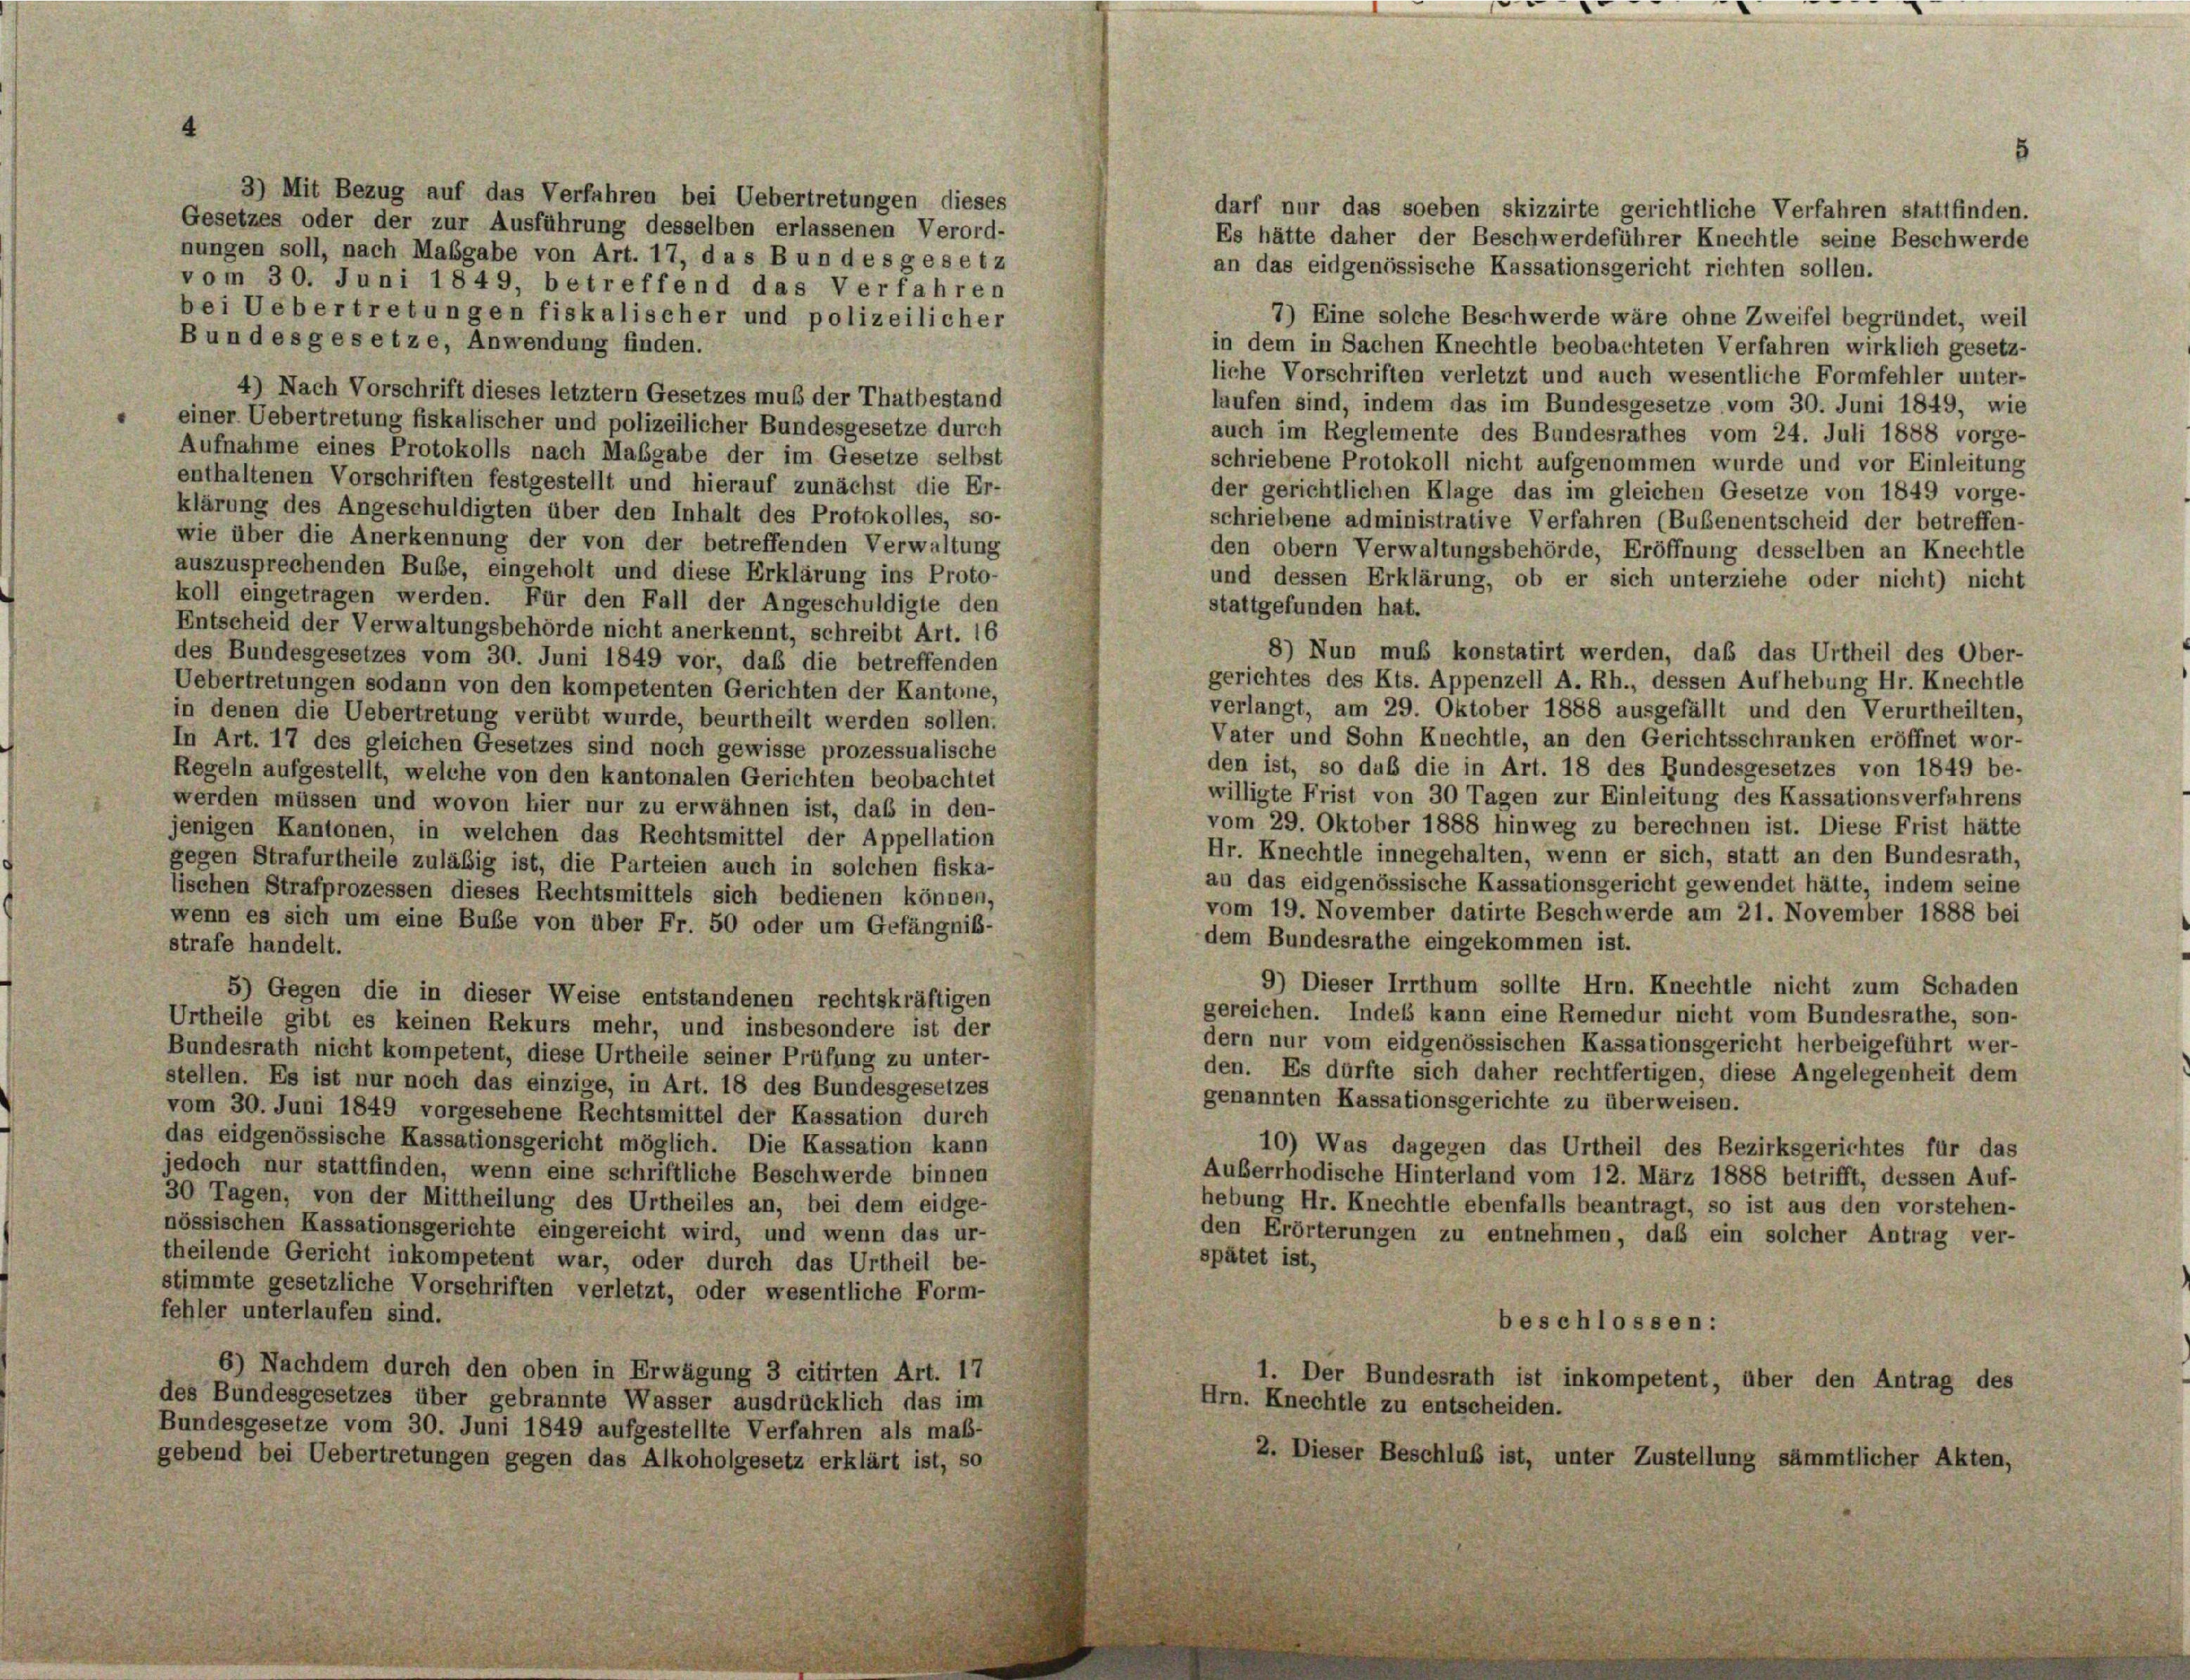
4

3) Mit Bezug auf das Verfahren bei Uebertretungen dieses
darf nur das soeben skizzirte gerichtliche Verfahren stattfinden.
Gesetzes oder der zur Ausführung desselben erlassenen Verord-
Es hätte daher der Beschwerdeführer Knechtle seine Beschwerde
nungen soll, nach Mabgabe von Art. 17, das B un des gesetz
an das eidgenössische Kassationsgericht richten sollen.
vom 30. Juni 1849, betreffend das Verfahren
bei Uebertretungen fiskalischer und polizeilicher
7) Eine solche Beschwerde wäre ohne Zweifel begründet, weil
Bundesgesetze, Anwendung finden.
in dem in Sachen Knechtle beobachteten Verfahren wirklich gesetz-
liche Vorschriften verletzt und auch wesentliche Formfehler unter-
4) Nach Vorschrift dieses letztem Gesetzes muß der Thatbestand
laufen sind, indem das im Bundesgesetze vom 30. Juni 1849, wie
einer Uebertretung fiskalischer und polizeilicher Bundesgesetze durch
auch im Reglemente des Bundesrathes vom 24. Juli 1888 vorge-
Aufnahme eines Protokolls nach Maßgabe der im Gesetze selbst
schriebene Protokoll nicht aufgenommen wurde und vor Einleitung
enthaltenen Vorschriften festgestellt und hierauf zunächst die Er-
der gerichtlichen Klage das im gleichen Gesetze von 1849 vorge-
klärung des Angeschuldigten über den Inhalt des Protokolles, so-
schriebene administrative Verfahren (Bubenentscheid der betreffen-
wie über die Anerkennung der von der betreffenden Verwaltung
den obern Verwaltungsbehörde, Eröffnung desselben an Knechtle
auszusprechenden Bube, eingeholt und diese Erklärung ins Proto-
und dessen Erklärung, ob er sich unterziehe oder nicht) nicht
koll eingetragen werden. Für den Fall der Angeschuldigte den
stattgefunden hat.
Entscheid der Verwaltungsbehörde nicht anerkennt, schreibt Art. 16
8) Nun muß konstatirt werden, daß das Urtheil des Ober-
des Bundesgesetzes vom 30. Juni 1849 vor, daß die betreffenden
gerichtes des Kts. Appenzell A. Rh., dessen Aufhebung Hr. Knechtle
Uebertretungen sodann von den kompetenten Gerichten der Kantone,
verlangt, am 29. Oktober 1888 ausgefällt und den Verurtheilten,
in denen die Uebertretung verübt wurde, beurtheilt werden sollen.
Vater und Sohn Knechtle, an den Gerichtsschranken eröffnet wor-
In Art. 17 des gleichen Gesetzes sind noch gewisse prozessualische
den ist, so daß die in Art. 18 des Bundesgesetzes von 1849 be-
Regeln aufgestellt, welche von den kantonalen Gerichten beobachtet
willigte Frist von 30 Tagen zur Einleitung des Kassationsverfuhrens
werden müssen und wovon hier nur zu erwähnen ist, daß in den-
vom 29. Oktober 1888 hinweg zu berechnen ist. Diese Frist hätte
jenigen Kantonen, in welchen das Rechtsmittel der Appellation
Hr. Knechtle innegehalten, wenn er sich, statt an den Bundesrath,
gegen Strafurtheile zuläßig ist, die Parteien auch in solchen fiska-
an das eidgenössische Kassationsgericht gewendet hätte, indem seine
lischen Strafprozessen dieses Rechtsmittels sich bedienen können,
vom 19. November datirte Beschwerde am 21. November 1888 bei
wenn es sich um eine Buße von über Fr. 50 oder um Gefängniß-
dem Bundesrathe eingekommen ist.
strafe handelt.
9) Dieser Irrthum sollte Hrn. Knechtle nicht zum Schaden
5) Gegen die in dieser Weise entstandenen rechtskräftigen
gereichen. Indes kann eine Remedur nicht vom Bundesrathe, son-
Urtheile gibt es keinen Rekurs mehr, und insbesondere ist der
dern nur vom eidgenössischen Kassationsgericht herbeigeführt wer-
Bundesrath nicht kompetent, diese Urtheile seiner Prüfung zu unter-
den. Es dürfte sich daher rechtfertigen, diese Angelegenheit dem
stellen. Es ist nur noch das einzige, in Art. 18 des Bundesgesetzes
genannten Kassationsgerichte zu überweisen.
vom 30. Juni 1849 vorgesehene Rechtsmittel der Kassation durch
das eidgenössische Kassationsgericht möglich. Die Kassation kann
10) Was dagegen das Urtheil des Bezirksgerichtes für das
jedoch nur stattfinden, wenn eine schriftliche Beschwerde binnen
Auserrhodische Hinterland vom 12. März 1888 betrifft, dessen Auf-
30 Tagen, von der Mittheilung des Urtheiles an, bei dem eidge-
hebung Hr. Knechtle ebenfalls beantragt, so ist aus den vorstehen-
nössischen Kassationsgerichte eingereicht wird, und wenn das ur-
den Erörterungen zu entnehmen, daß ein solcher Antrag ver-
spätet ist,
theilende Gericht inkompetent war, oder durch das Urtheil be-
stimmte gesetzliche Vorschriften verletzt, oder wesentliche Form-
fehler unterlaufen sind.
beschlossen:
6) Nachdem durch den oben in Erwägung 3 citirten Art. 17
1. Der Bundesrath ist inkompetent, über den Antrag des
des Bundesgesetzes über gebrannte Wasser ausdrücklich das im
Hrn. Knechtle zu entscheiden.
Bundesgesetze vom 30. Juni 1849 aufgestellte Verfahren als maß-
2. Dieser Beschluß ist, unter Zustellung sämmtlicher Akten,
gebend bei Uebertretungen gegen das Alkoholgesetz erklärt ist, so

5